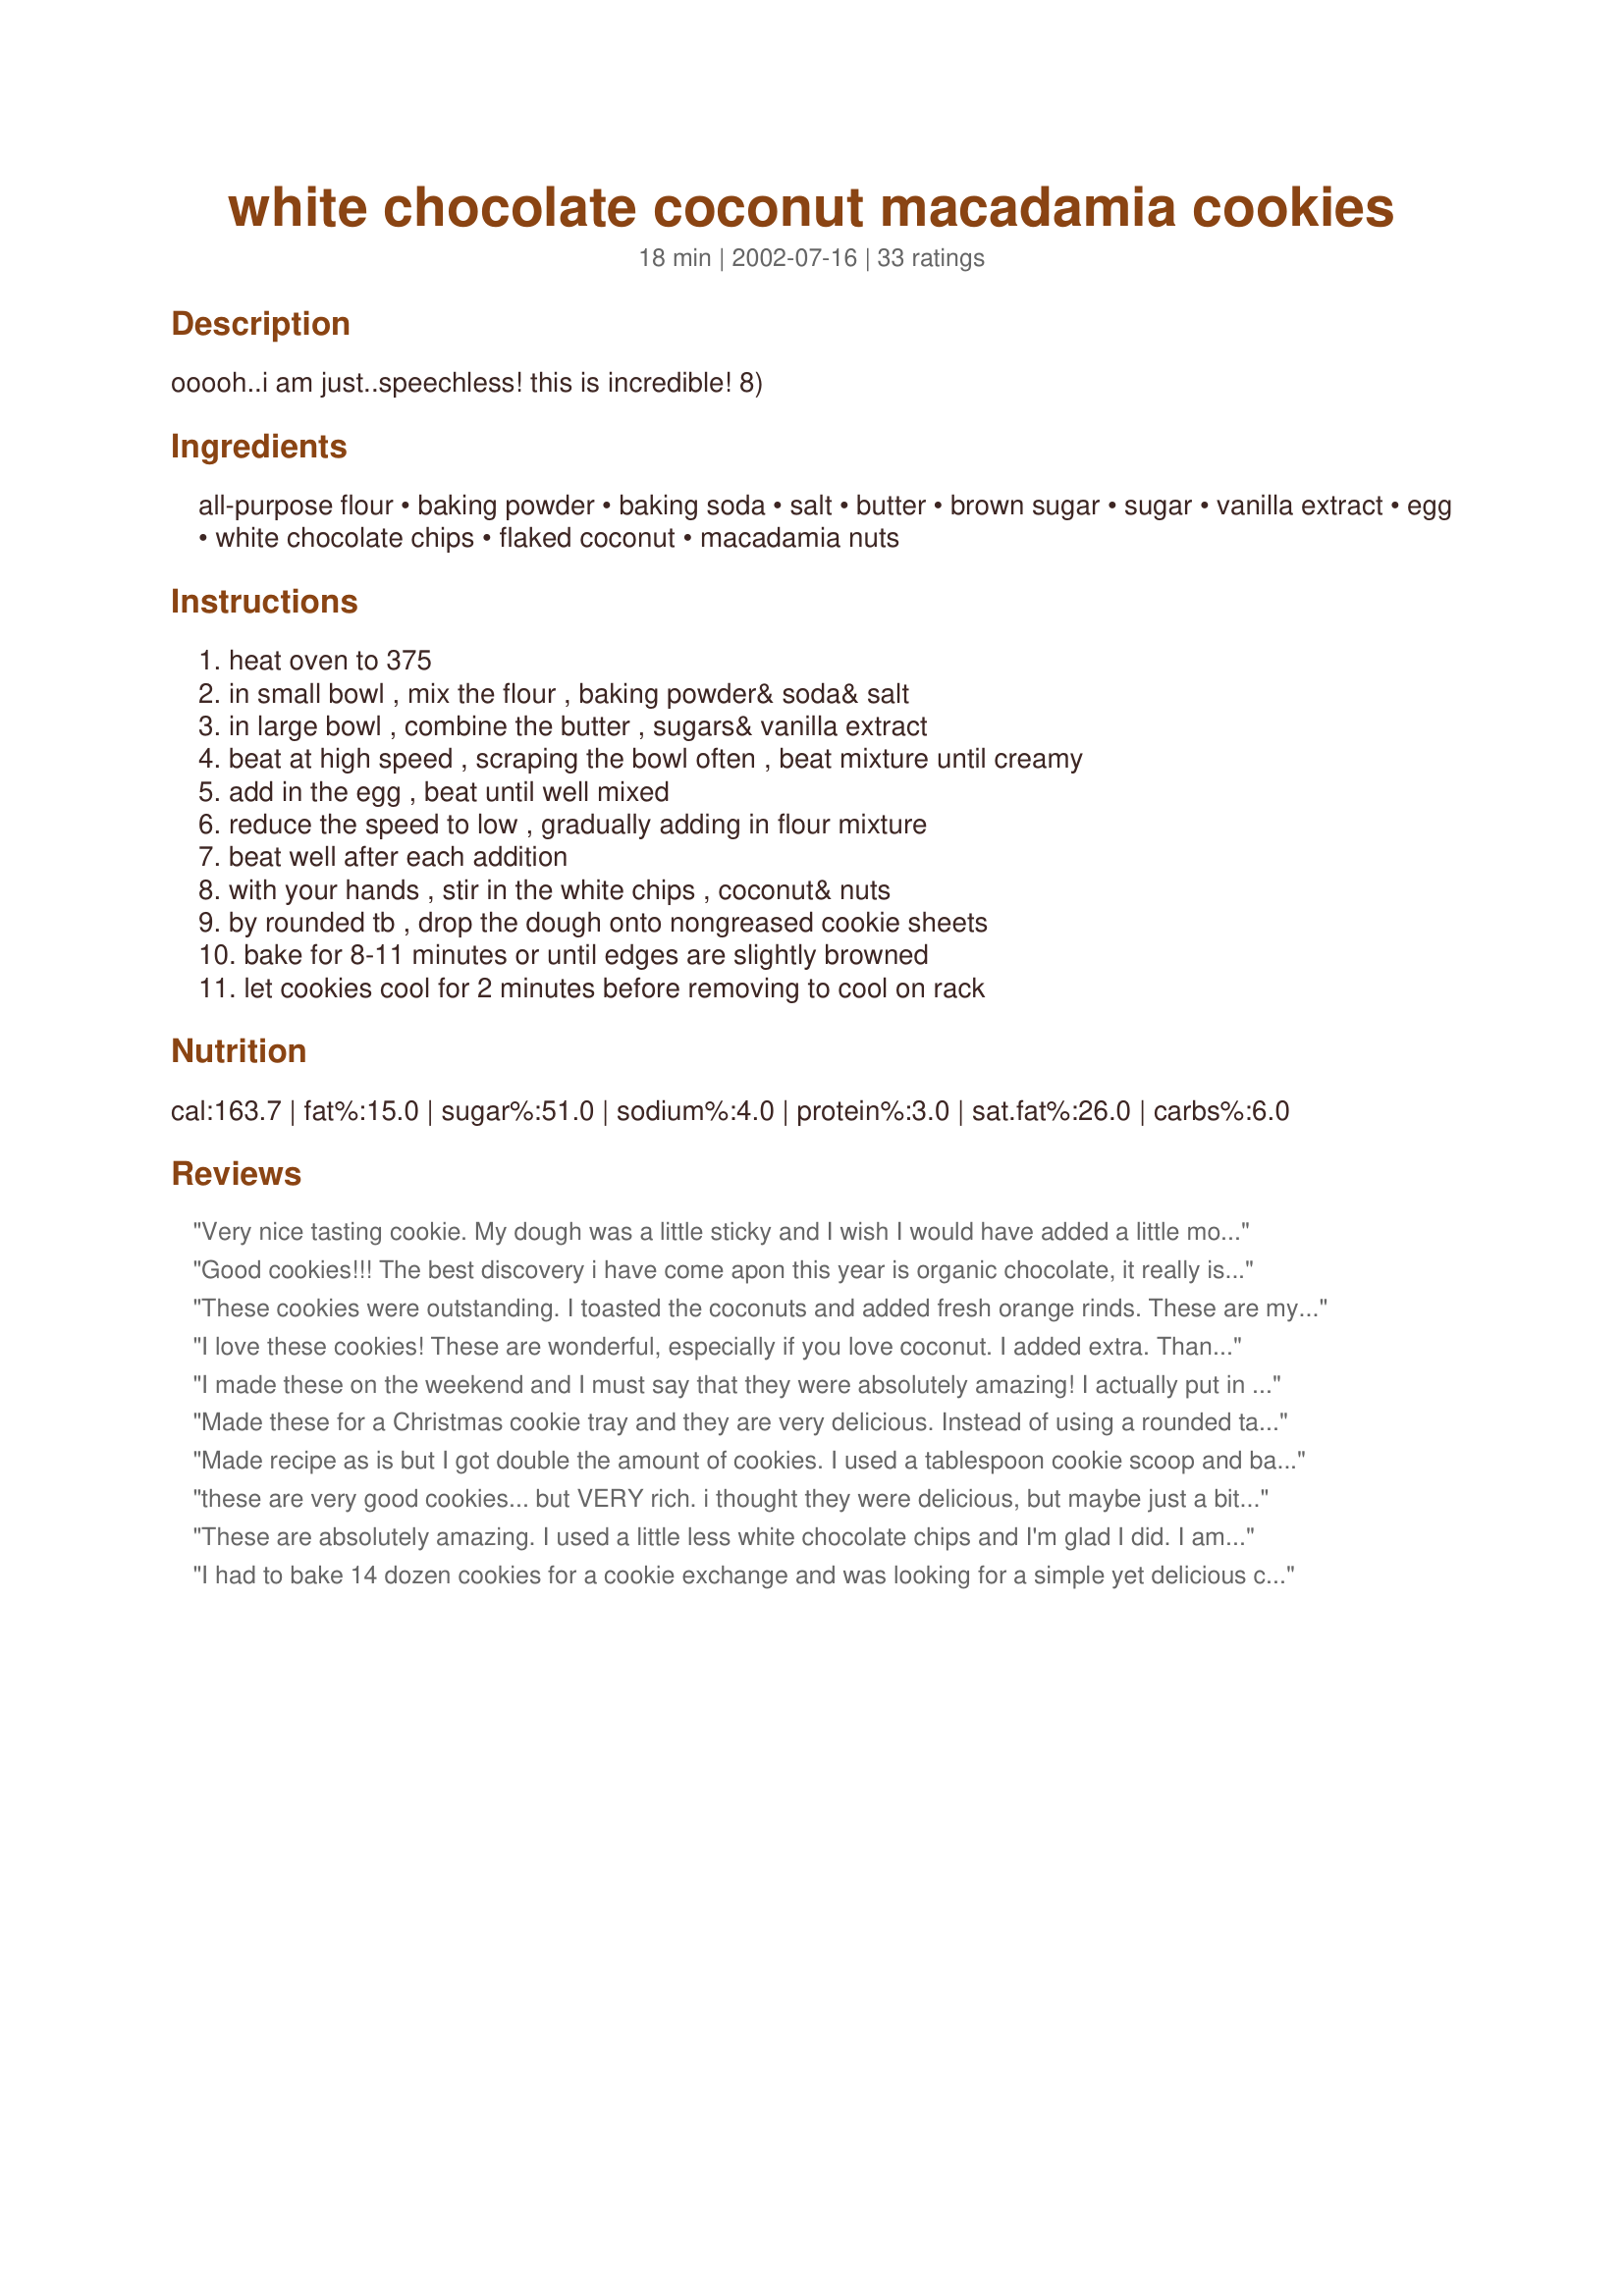
white chocolate coconut macadamia cookies
Preparation time: 18 minutes

ooooh..i am just..speechless! this is incredible! 8)

Ingredients:
all-purpose flour, baking powder, baking soda, salt, butter, brown sugar, sugar, vanilla extract, egg, white chocolate chips, flaked coconut, macadamia nuts

Steps:
heat oven to 375, in small bowl , mix the flour , baking powder& soda& salt, in large bowl , combine the butter , sugars& vanilla extract, beat at high speed , scraping the bowl often , beat mixture until creamy, add in the egg , beat until well mixed, reduce the speed to low , gradually adding in flour mixture, beat well after each addition, with your hands , stir in the white chips , coconut& nuts, by rounded tb , drop the dough onto nongreased cookie sheets, bake for 8-11 minutes or until edges are slightly browned, let cookies cool for 2 minutes before removing to cool on rack

Reviews:
Very nice tasting cookie. My dough was a little sticky and I wish I would have added a little more flour. Maybe the humidity has something to do with it. Also I set my cookies on paper towels to cool as I didn't have a rack and the paper towels were totally grease soaked. I will try again using more flour, 1 2/3 cups to 3/4 cup butter just doesn't seem like enough.
Good cookies!!! The best discovery i have come apon this year is organic chocolate, it really is soo much better tasting and makes the cookie. If your local store has bulk bins, taste the difference, definately worth the little extra money.
These cookies were outstanding. I toasted the coconuts and added fresh orange rinds. These are my favorite cookies ever.
I love these cookies! These are wonderful, especially if you love coconut. I added extra. Thanks for the recipe. This is a keeper!
I made these on the weekend and I must say that they were absolutely amazing! I actually put in 1 cup of macadamia nuts and I used sweetened flaked coconut as I wasn't sure because the recipe didn't say and the store only had sweetened and unsweetened coconut. The cookies tasted very decadent and rich but they were absolutely yummy! Thanks for a great recipe!
Made these for a Christmas cookie tray and they are very delicious. Instead of using a rounded tablespoon of dough, I rolled about 1 teaspoon each of dough into balls. The balls made a more uniform cookie and took about 10 minutes to bake. I will definitely be baking these again!



Made recipe as is but I got double the amount of cookies. I used a tablespoon cookie scoop and baked for 10 minutes. I didn't toast the coconut and not sure I would have noticed the difference. I did not find them overly sweet but just right for a really good cookie. Thanks for the recipe, it's a keeper!
these are very good cookies... but VERY rich. i thought they were delicious, but maybe just a bit too heavy. my friends and family fell in love with these, though. they couldn't get enough of them!! 36 cookies were gone in 2 days. will make again, thanks for a great recipe!
These are absolutely amazing. I used a little less white chocolate chips and I'm glad I did. I am definitely keeping this recipe!
I had to bake 14 dozen cookies for a cookie exchange and was looking for a simple yet delicious cookie. I found it in this recipe! The first batch didn't turn out, but practice made perfect...by batch 6 I had them perfected! I found that by rolling the dough into balls first, the cookies came out rounder than the ones just spooned onto the tray (which I lined with parchment). They were a hit. Not the fanciest but better than any bought I've ever had. Worth the money spent on ingredients. Thanks for the recipe!
These were pretty good! I did as other reviewers suggested and rolled the dough into little balls when I put it on the cookie sheet, and they turned out very uniform and pretty. The only changes I made were that I used 1/2 bag of white chocolate chips (6 oz.) and only 1/2 cup of macadamia nuts....wow, I'm glad I did. There's no way the dough would have been able to contain an entire bag of white chocolate chips! I baked for about 10 mins, and although they're somewhat soft, I'm hoping they'll soften up a bit after sitting in an airtight container for a while.
These were absolutely wonderful. Took them to the office, and they were gone in minutes.

Thanks for a great recipe!
Delicious. I made this for a colleague's going away party. People in the office loved them, and came back for seconds in the afternoon - unfortunately they were already gone! Will definitely make again. These buttery cookies do get very brown on the bottom and edges, so you have to watch them to ensure they don't get over done.
These were fantastic, I made them for my sister to take her work morning tea. Rave reviews and not one to bring home! Only change I made was using 1/2 milk choc and 1/2 white choc. Just a personal prefenence. Definitely a keeper.
These are great. Kids loved them. Made them as posted. Really easy recipe. Only one problem they don't last very long. Thank you for posting this, Ocean.....
UPDATE: Turns out the coconut did help keep the cookies together and added a really spectacular note of flavor. I will always use the coconut. This is definitely a 5-star recipe now!! ORIGINAL REVIEW: I made this for week 1 of my once-a-week cookbook and I had to leave out the coconut because, although my boyfriend swore we had a bag of it, we didn't have any. I didn't have a chance to go get any, but I will try these again some time with the coconut. The taste was phenomenal but mine really fell apart. I made them to put on a tray for my co-workers and it turned into a pile of crumbs every time someone tried to take one. BUT! The absence of the coconut may have had a little to do with it and they still tasted fantastic! Thanks for posting!
Sorry- forgot to post info last time, was in a rush. These are perhaps some of my most sought after cookies! I bring a tupperware container to work and the first questions are if its these yummy cookies! 
I used the coconut and white chocolate but not the nuts- way to expensive over here! Maybe I'll grab some while I'm Hawaii and try that then. I loved this recipe and shall make it again and again! Thanks so much, Ocean!
Love these wonderful cookies! Will make them for Christmas every year. (sometimes Christmas comes more than once a year)

OH MA GOODNESS!!! i am speechless as well. these are so good love the texture and flavor of these cookies. i would not change a thing i have made these with walnuts, macadamia, and pecans they are all good. just a matter of preference or what you have on hand. these cookies are very good and it is hard to eat just one ;) 
thank you so much Ocean~ivy =)
What a great cookie. I only used 1/2 the amount of chips and nuts. Nice change from chocolate based.
Hi, thanks for the recipe. These turned out delicious. I took these to a cookie exchange and they were perfect! Thanks for sharing. I cooked them for the minimum time so they didn't get too overdone!
Seriously one of the best cookies I have ever made. I followed the directions exactly. After I added the chips, nuts and coconut I mixed it well with my hands. I find this helped the dough form into balls better. DELICIOUS!!!!
This recipe is great! I did exclude the white chocolate chips (hence the 4 stars) because I was afraid of it being too rich as others mentioned. I highly recommend excluding the white chocolate chips if you'd like a less rich cookie that enhances the coconut and macadamia nut flavor. A definite keeper!
I found macadamias in my pantry and figured I better use them since I didn't know how long they were there!
These were very good cookies but a little heavy on the white chips for me. It seemed the dough was just there to keep the white chocolate together.
But my BIL ate nearly all of them!
These are delicious cookies! The guys at work request them often & they disappear very quickly! This is a definite keeper, thank you :-)
I made these as a farewell gift for my daughters teacher - absolutely beautiful. I couldn't get flaked coconut so substituted shredded coconut. Do yourself a flavour and whip up a batch of these!
Just made these tonight and they are fabulous! I used macadamia nuts and baked for exactly 10 mins and they turned out perfect. This is actually a recipe from Nestle (noticed it right on the back of the bag of white chocolate chips when cleaning up!). Thanks for posting it here - will definitely make these again! (Oh, I should add that I'm not even a huge fan of coconut and still think these are great).
This was a really good cookie recipe! We came home from Hawaii with 7 lbs of macadamia nuts so we are making cookies alot! These were really easy and they came out great!! Really yummy! Will be making again! Thanks for sharing!
So easy to make and they turned out delicious. I did have to cook mine longer than 8 minutes. It took 13 minutes. I am at sea level so that might be the reason.
Hey there Ocean Ivy - I'd never made this type of cookie before, so thanks for making my first batch so yummy! A note on toasting coconut: According to Joy of Cooking, you should toast at 325 for ten minutes, but I think they meant for fresh coconut. (I used a bag of slightly stale store-bought sweetened coconut leftover from something and mine burned :( So, the lesson for all the novice coconut toasters is: bake at 325 on a cookie sheet, but check every 2-3 minutes ;) My cookies took about 10 minutes in a 350 oven (I used convection bake).
These are delicious! I didn't have a problem with the cookies falling apart like another user did. I would recommend playing close attention to baking times, because these can become too crispy very quickly otherwise. I would also recommend doubling this recipe as well as rolling the dough into balls like another user mentioned, because they are much nicer looking and thicker.
These are a wonderful little cookie! Fast and easy to put together. I made mine small and ended up with 45 cookies. I left 6 for DH, as he really loves them. I am not a cookie person...and only make them once a year at Christmas time for my baskets. Thank you so much for sharing.
I was looking for something to use my white chocolate chips one and I stumbled upon this recipe. I vegan-ized it by using margarine in place of butter and using flaxseed/water as an egg replacer. The result, while not looking all that pretty, was wonderfully tasty.

Oh, and it appears as though I again could not correctly read a recipe. I used regular granulated sugar instead of brown. Guess it didn't matter in the end though :)

Thanks for the wonderful recipe.
